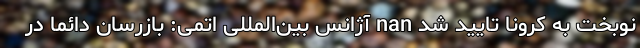
نوبخت به کرونا تایید شد nan آژانس بین‌المللی اتمی: بازرسان دائما در